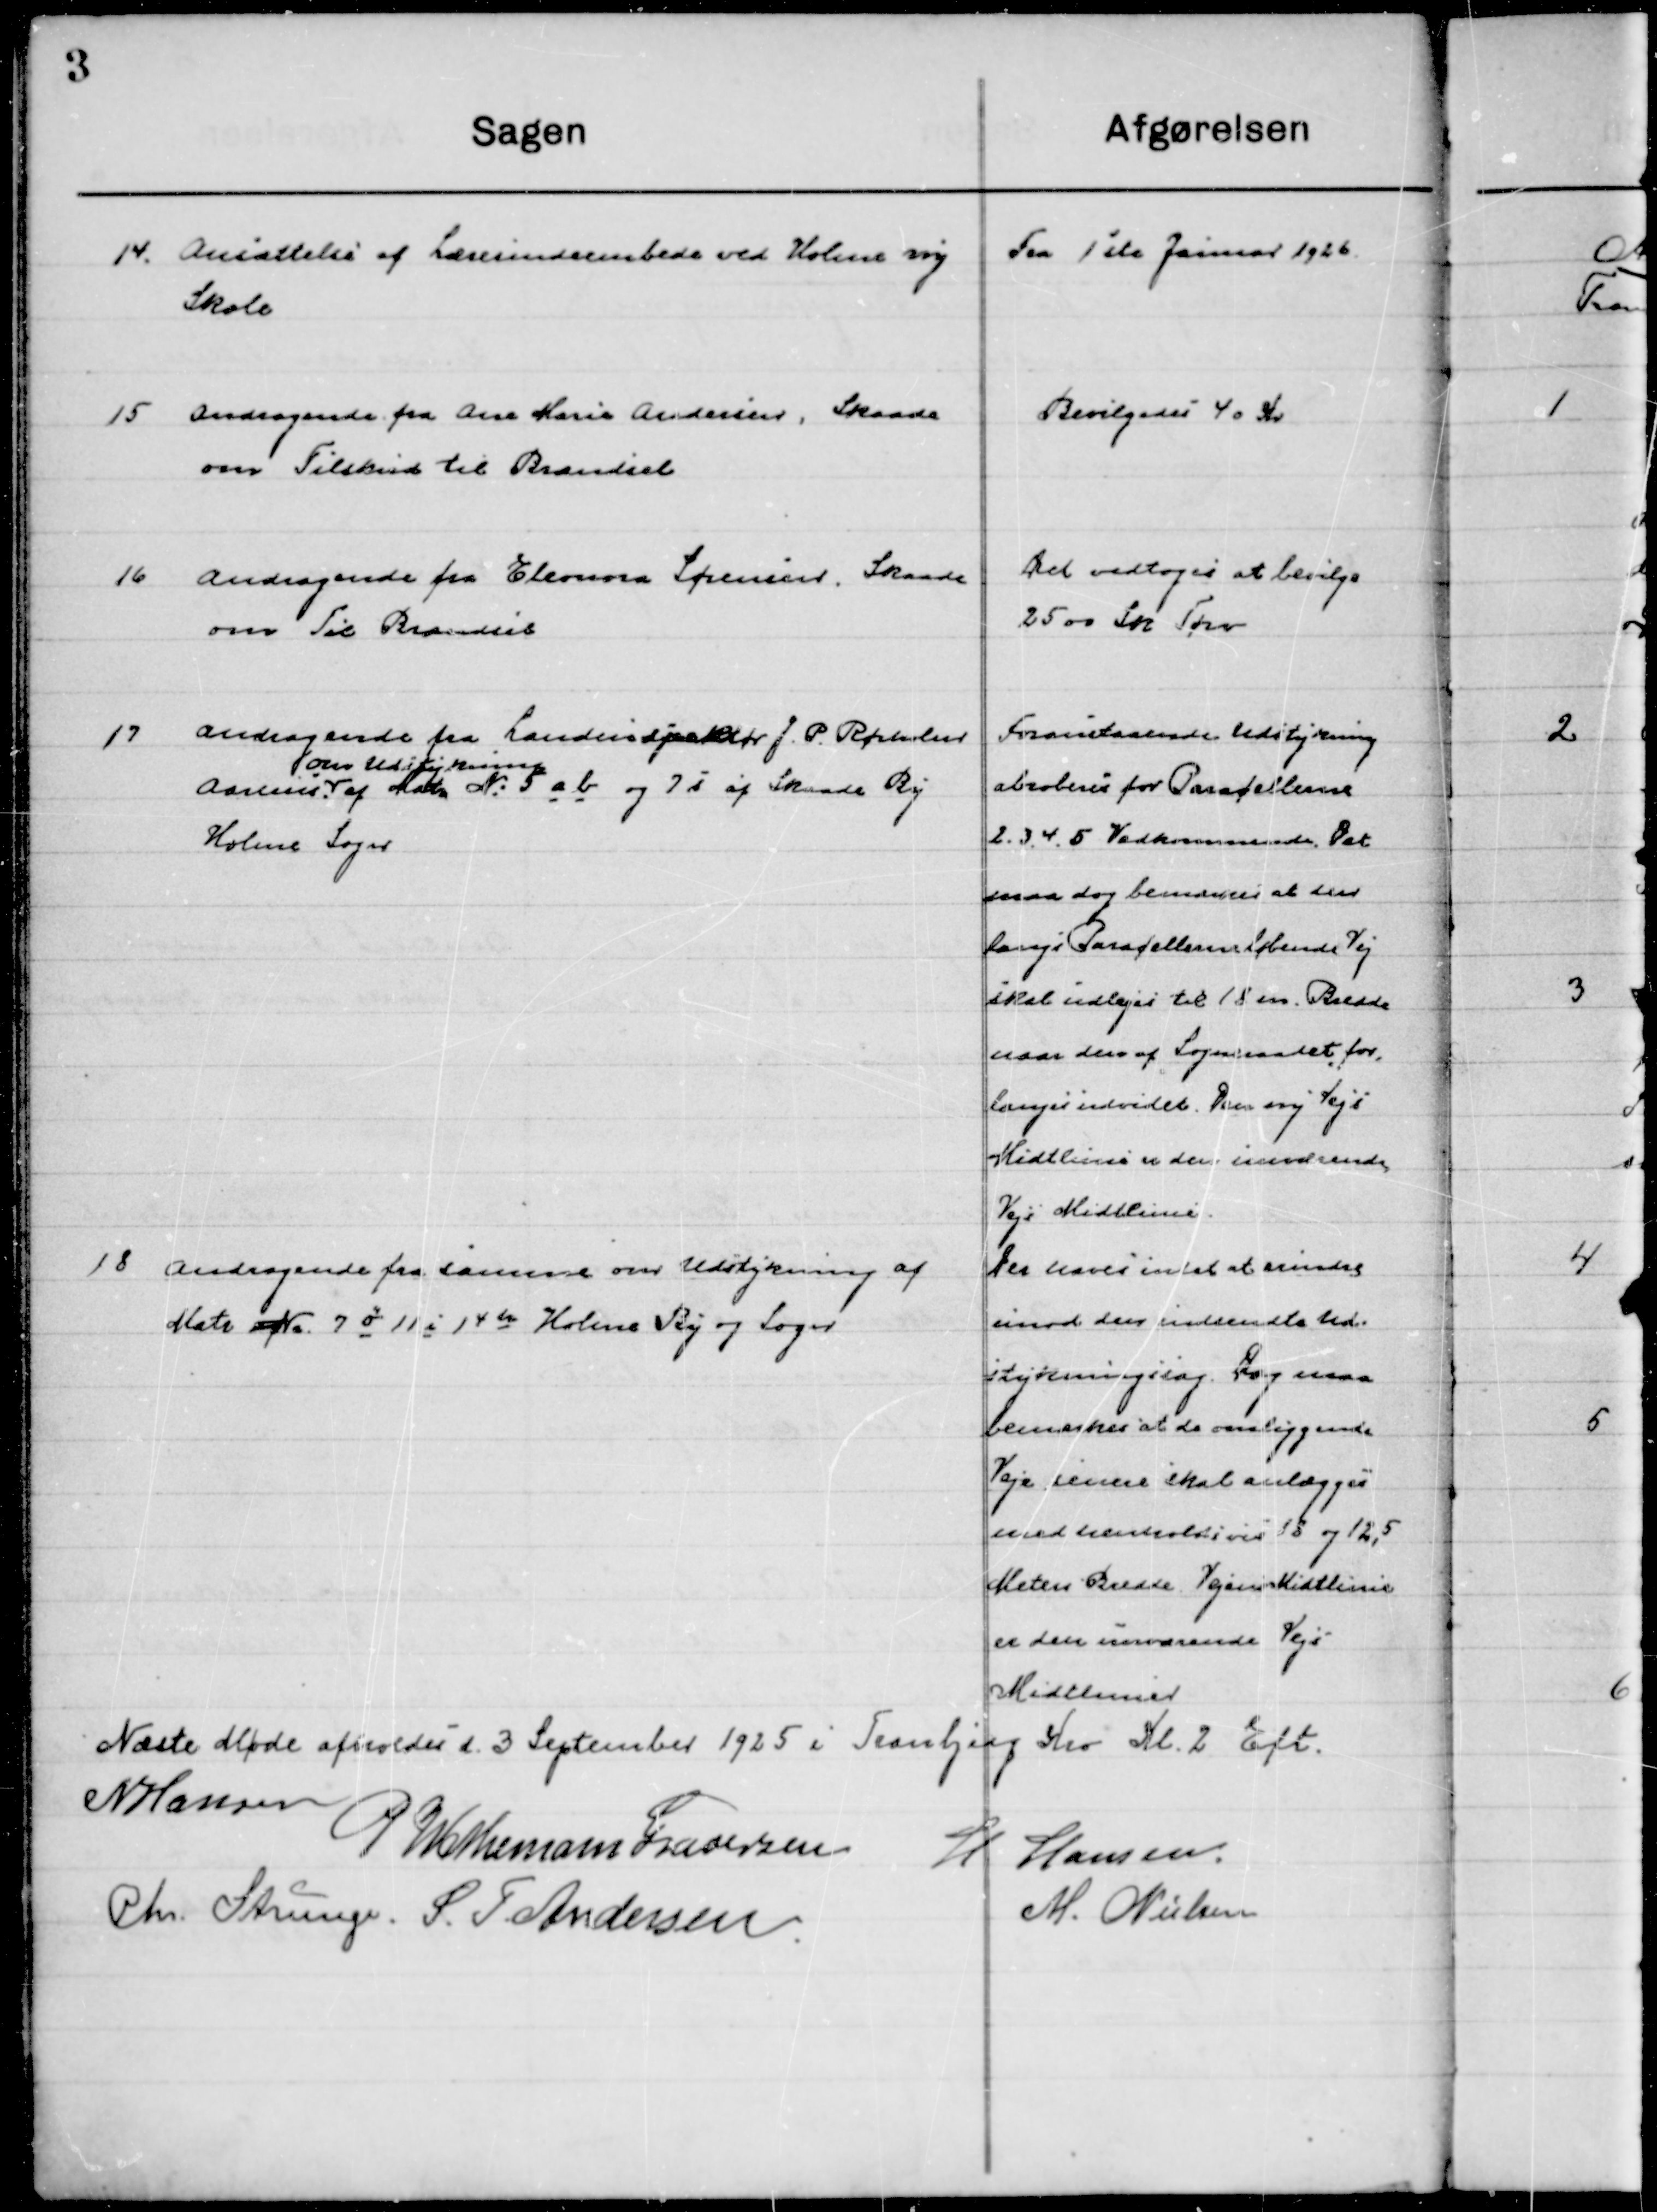
Transskription:
14

Ansættelse af Lærerindeembedet ved Holme ny
Skole

Fra 1ste Januar 1926

15

Andragende fra Ane Marie Andersen
om Tilskud til Brændsel

Bevilgedes 40 Kr.

16

Andragende fra Elenora Sørensen, Skaade
om Til Brændsel

Det vedtoges at bevilge
2500 Sn. Tørv

17

Andragende fra Landinspektør J. P. Rørholm
Aarhus 
om Udstykning 
af Matr. No. 5 a b og 7 s af Skaade By 
Holme Sogn.

Foranstaaende Udstykning
Abroberes for Parcellerne
2, 3, 4, 5 Vedkommende. Det
maa dog bemærkes at den
Langs Parcellerne løbende Vej
skal udlejes til 18 m Bredde
naar den af Sogneraadet for-
langes individet. Den ny Vejs
Midterlinje er der indeværende
Vejs Midterlinje.

18

Andragende fra samme om Udstykning af 
Matr. no. 7 o 11 i 14 h Holme By og Sogn

Der næves intet at erindre
Imod den indsendte Ud-
stykning sag. Dog maa
Bemærkes sat de omliggende
Veje senere skal anlægges
med henholdsvis 18 og 12,5
Meters Bredde Vejens Midtlinje
er den nuværende Vejs
Midtlinje.

Næste Møde afholdes d. 3 September 1925 i Tranbjerg Kro Kl. 2 Eft.

N. Hansen
P. Wethemann Graversen
H. Hansen.
Chr. Strunge.
S. F. Andersen.
M. Nielsen